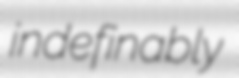
indefinably